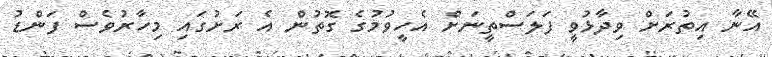
އޭނާ އިތުރަށް ވިދާޅުވީ ފަލަސްތީނަށް އެހީވުމުގެ ގޮތުން އެ ރަށުގައި މިހާރުވެސް ފަންޑު